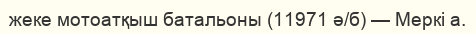
жеке мотоатқыш батальоны (11971 ә/б) — Меркі а.